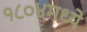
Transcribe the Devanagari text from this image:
१८०४मध्ये